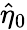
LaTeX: \hat{\eta}_{0}